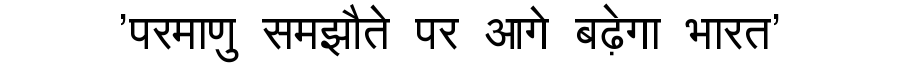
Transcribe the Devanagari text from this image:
'परमाणु समझौते पर आगे बढ़ेगा भारत'